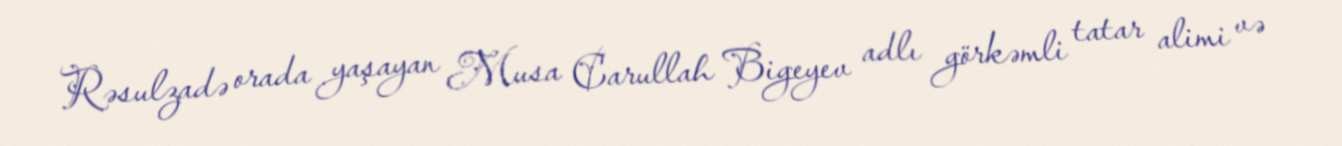
Rəsulzadə orada yaşayan Musa Carullah Bigeyev adlı görkəmli tatar alimi və